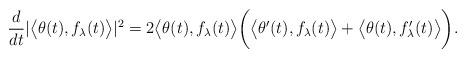
LaTeX: \begin{align*}\frac{d}{dt} |\big< \theta(t), f_{\lambda}(t) \big>|^{2} = 2 \big< \theta(t), f_{\lambda}(t) \big> \bigg( \big< \theta'(t), f_{\lambda}(t) \big> + \big< \theta(t), f_{\lambda}'(t) \big> \bigg). \end{align*}